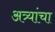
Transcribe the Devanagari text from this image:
अत्र्यांचा